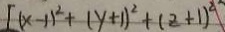
[ ( x - 1 ) ^ { 2 } + ( y + 1 ) ^ { 2 } + ( z + 1 ) ^ { 2 } ]